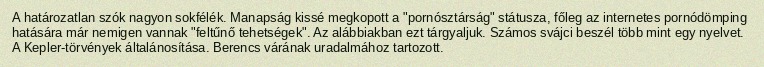
A határozatlan szók nagyon sokfélék. Manapság kissé megkopott a "pornósztárság" státusza, főleg az internetes pornódömping hatására már nemigen vannak "feltűnő tehetségek". Az alábbiakban ezt tárgyaljuk. Számos svájci beszél több mint egy nyelvet. A Kepler-törvények általánosítása. Berencs várának uradalmához tartozott.